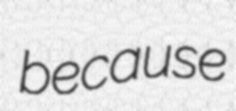
because